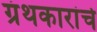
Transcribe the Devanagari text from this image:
ग्रंथकारांचे